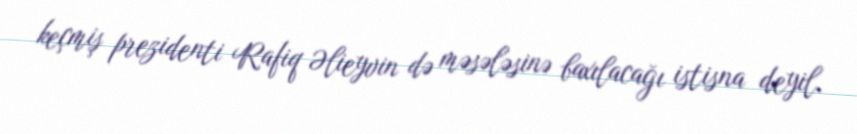
keçmiş prezidenti Rafiq Əlieyvin də məsələsinə baxılacağı istisna deyil.